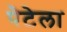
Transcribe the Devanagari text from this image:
पेटेला